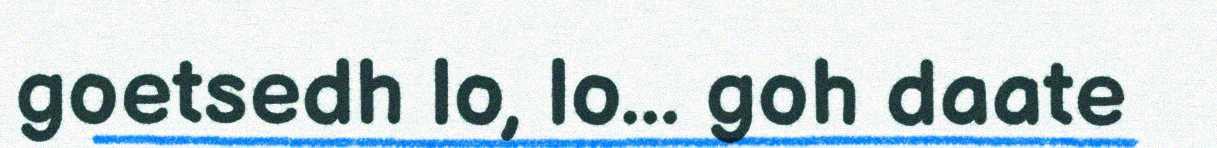
goetsedh lo, lo... goh daate